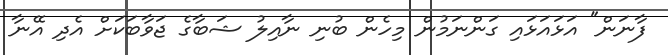
ފާނަން" އަޅައަޅައި ގަންނަމުން މިހެން ބުނި ނާއިލު ޝަބާގެ ޖަވާބަކަށް އެދި އޭނާ